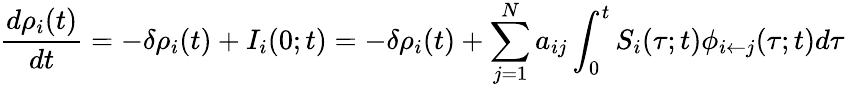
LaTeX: \frac{d\rho_{i}(t)}{dt}=-\delta\rho_{i}(t)+I_{i}(0;t)=-\delta\rho_{i}(t)+\sum_{j=1}^{N}a_{ij}\int_{0}^{t}S_{i}(\tau;t)\phi_{i\leftarrow j}(\tau;t)d\tau